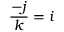
{ \frac { - j } { k } } = i